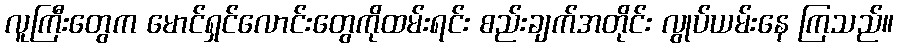
လူကြီးတွေက မောင်ရှင်လောင်းတွေကိုထမ်းရင်း စည်းချက်အတိုင်း လွုပ်ယမ်းနေ ကြသည်။